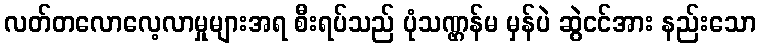
လတ်တလောလေ့လာမှုများအရ စီးရပ်သည် ပုံသဏ္ဌန်မ မှန်ပဲ ဆွဲငင်အား နည်းသော